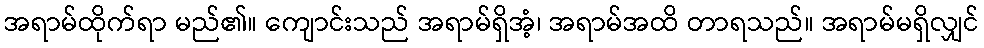
အရာမ်ထိုက်ရာ မည်၏။ ကျောင်းသည် အရာမ်ရှိအံ့၊ အရာမ်အထိ တာရသည်။ အရာမ်မရှိလျှင်